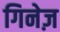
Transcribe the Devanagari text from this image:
गिनेज़